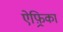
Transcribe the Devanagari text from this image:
ऐफ़्रिका